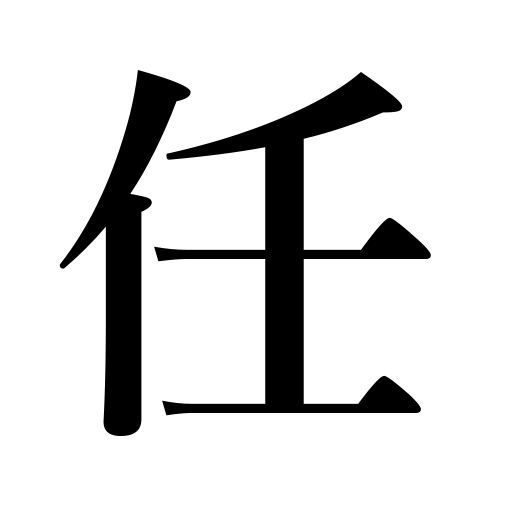
Meanings: term,duty,responsibility,office,mission,entrust to,leave to